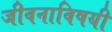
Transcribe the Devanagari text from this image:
जीवनाविषयी